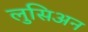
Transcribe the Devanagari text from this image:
लुसिअन